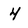
Character: 4